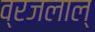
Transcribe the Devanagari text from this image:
व्रजलाल्